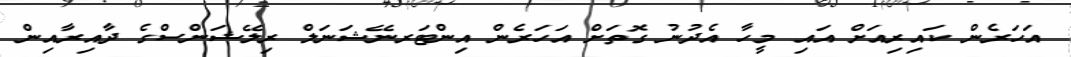
އަހަރެން ކައިރިއަށް އައި މީހާ އެދުނު ގޮތަށް އަހަރެން އިންޓަރނޭޝަނަލް ރިލޭޝަންސްގެ ދާއިރާއިން